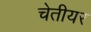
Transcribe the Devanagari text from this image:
चेतीयर